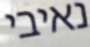
נאיבי